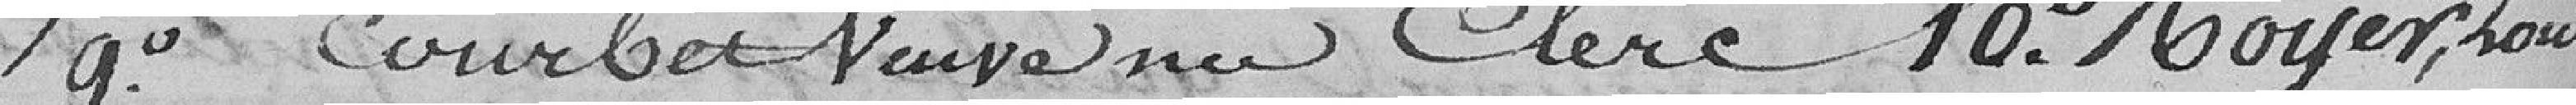
9° Courbet veuve née Clerc ; 10° Royer Louis